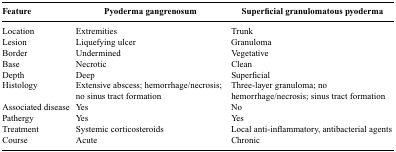
<table><thead><tr><td><b>Feature</b></td><td><b>Pyoderma gangrenosum</b></td><td><b>Superficial granulomatous pyoderma</b></td></tr></thead><tbody><tr><td>Location</td><td>Extremities</td><td>Trunk</td></tr><tr><td>Lesion</td><td>Liquefying ulcer</td><td>Granuloma</td></tr><tr><td>Border</td><td>Undermined</td><td>Vegetative</td></tr><tr><td>Base</td><td>Necrotic</td><td>Clean</td></tr><tr><td>Depth</td><td>Deep</td><td>Superficial</td></tr><tr><td>Histology</td><td>Extensive abscess; hemorrhage/necrosis; no sinus tract formation</td><td>Three-layer granuloma; no hemorrhage/necrosis; sinus tract formation</td></tr><tr><td>Associated disease</td><td>Yes</td><td>No</td></tr><tr><td>Pathergy</td><td>Yes</td><td>Yes</td></tr><tr><td>Treatment</td><td>Systemic corticosteroids</td><td>Local anti-inflammatory, antibacterial agents</td></tr><tr><td>Course</td><td>Acute</td><td>Chronic</td></tr></tbody></table>